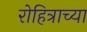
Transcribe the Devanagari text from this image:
रोहित्राच्या